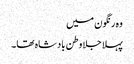
وہ رنگون میں
پہلا جلا وطن بادشاہ تھا۔